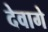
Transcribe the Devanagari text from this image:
देवागे